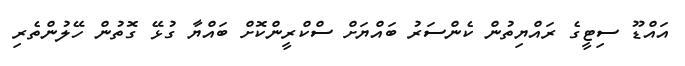
އައްޑޫ ސިޓީގެ ރައްޔިތުން ކެންސަރު ބައްޔަށް ސްކްރީންކޮށް ބައްޔާ ގުޅޭ ގޮތުން ހޭލުންތެރި